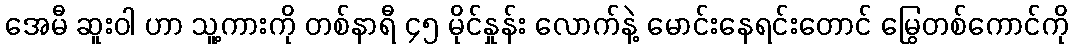
အေမီ ဆူးဝါ ဟာ သူ့ကားကို တစ်နာရီ ၄၅ မိုင်နှုန်း လောက်နဲ့ မောင်းနေရင်းတောင် မြွေတစ်ကောင်ကို